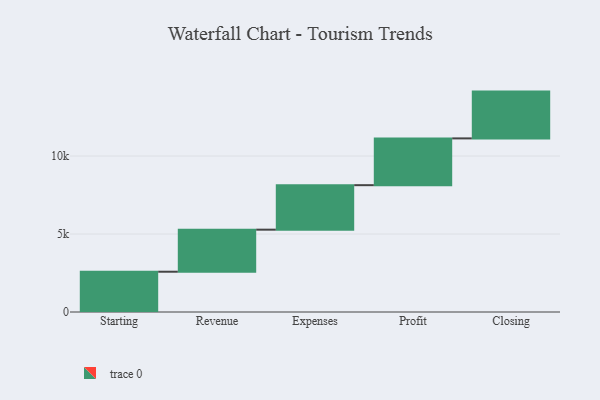
{"axis": {"x": "Step", "y": "Value"}, "legend": [""], "data": [{"x": "Starting", "y": 2583.0, "type": ""}, {"x": "Revenue", "y": 2696.0, "type": ""}, {"x": "Expenses", "y": 2853.0, "type": ""}, {"x": "Profit", "y": 3000, "type": ""}, {"x": "Closing", "y": 3000, "type": ""}]}